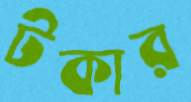
টকার